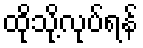
ထိုသို့လုပ်ရန်